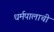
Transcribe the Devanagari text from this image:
धर्मपालाची